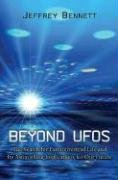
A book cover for Beyond UFOs: The Search for Extraterrestrial Life and Its Astonishing Implications for Our Future; Jeffrey Bennett; Science & Math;